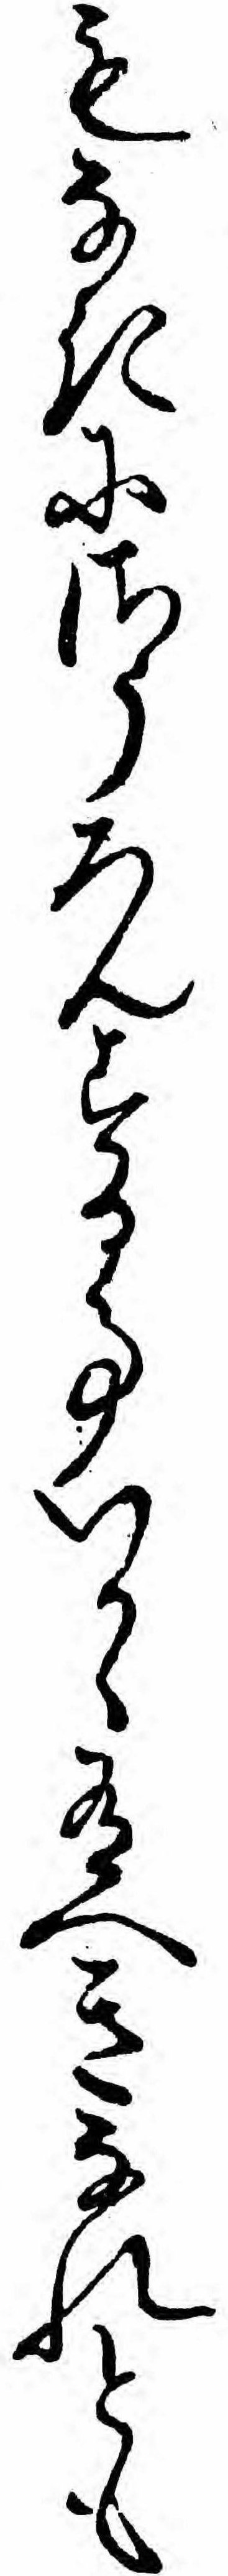
もなきにさうろんする事いかゝ有へきなれとも